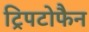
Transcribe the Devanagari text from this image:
ट्रिपटोफैन